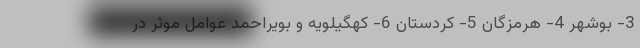
3- بوشهر 4- هرمزگان 5- کردستان 6- کهگیلویه و بویراحمد عوامل موثر در